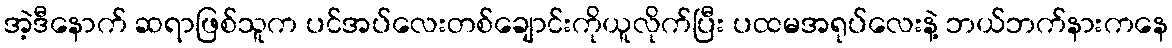
အဲ့ဒီနောက် ဆရာဖြစ်သူက ပင်အပ်လေးတစ်ချောင်းကိုယူလိုက်ပြီး ပထမအရုပ်လေးနဲ့ ဘယ်ဘက်နားကနေ